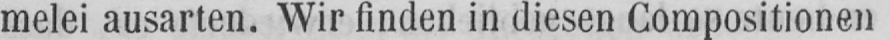
melei ausarten. Wir finden in diesen Compositionen